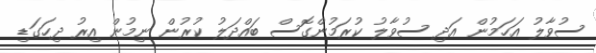
ސުވާލު އަހަމުން އަދި ސުވާލު ކުރަމުންގޮސް ބައްދަލު ކުރުން ނިމުން އިރު ދިހަގަޑި